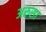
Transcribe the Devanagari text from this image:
अरुसा